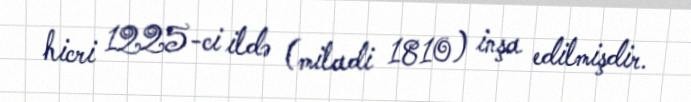
hicri 1225-ci ildə (miladi 1810) inşa edilmişdir.